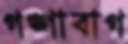
গঙ্গাবাগ